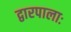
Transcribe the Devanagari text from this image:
द्वारपालाः